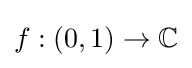
f:(0,1)\to \mathbb {C}